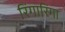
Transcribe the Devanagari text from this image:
रिंगारिंगा